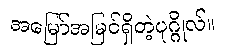
အမြော်အမြင်ရှိတဲ့ပုဂ္ဂိုလ်။